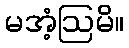
မအံ့ဩမိ။